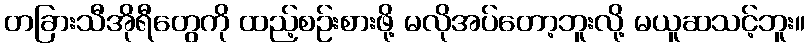
တခြားသီအိုရီတွေကို ထည့်စဉ်းစားဖို့ မလိုအပ်တော့ဘူးလို့ မယူဆသင့်ဘူး။